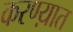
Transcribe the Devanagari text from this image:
करण्य़ात